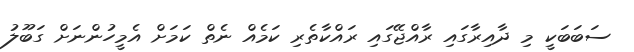
ސަބަބަކީ މި ދާއިރާގައި ރާއްޖޭގައި ރައްކާތެރި ކަމެއް ނެތް ކަމަށް އެމީހުންނަަށް ގަބޫލު